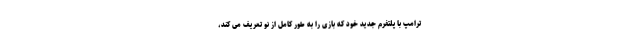
ترامپ با پلتفرم جدید خود که بازی را به طور کامل از نو تعریف می کند،